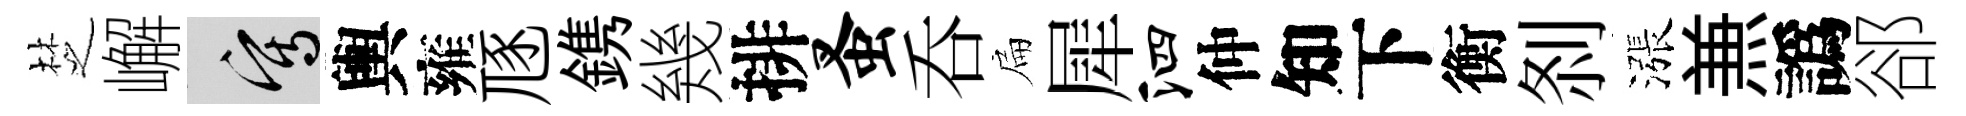
椘嶰寫輿雍豗鎸幾排蚤呑扁犀泗仲知下衡𠛴漲𠔥譌郤